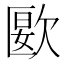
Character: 㰽